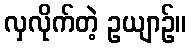
လှလိုက်တဲ့ ဥယျာဉ်။